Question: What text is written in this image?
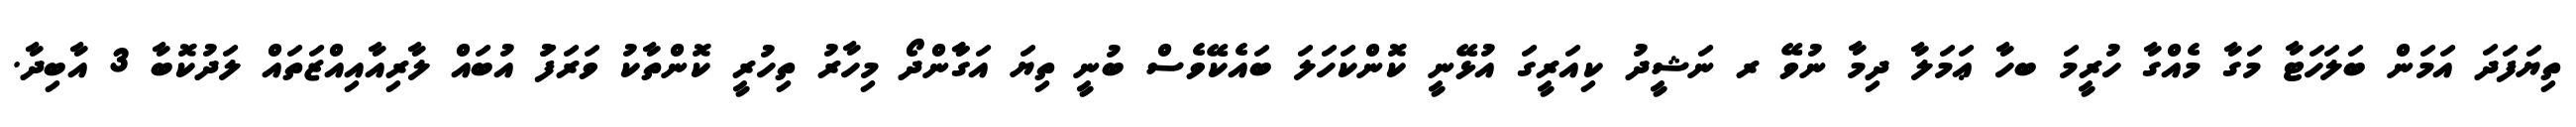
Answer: ތިޔަފަދަ އަމަން ބަލަހަޓާ މަގާ މެއްގާ ހުރީމަ ބހާ ޢަމަލާ ދިމާ ނުވޭ ރ ނަޝީދު ކިއަރީގަ އުޅޭނީ ކޮންކަހަލަ ބައެކޭވެސް ބުނީ ތިޔަ އަގާާންދޯ މިހާރު ތިހުރީ ކޮންތާކު ވަރަފަު އުބައް ލާރިއާއިއްޒަތައް ލަދުކޮބާ 3 އާބިދާ.